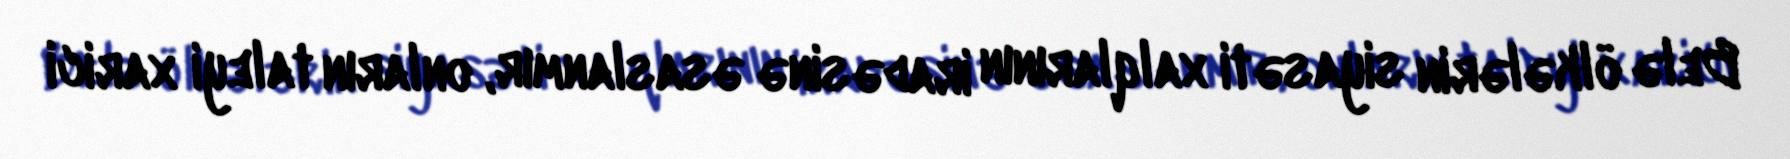
Belə ölkələrin siyasəti xalqlarının iradəsinə əsaslanmır, onların taleyi xarici